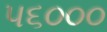
૫૬૦૦૦